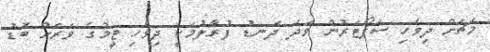
މެޗަށް ދިވެހި ސަޕޯޓަރުން ވަދެ ދަނޑު ފުރާލުމަކީ ދިވެހި ޓީމުގެ ވަރަށް ބޮޑު